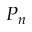
P _ { n }